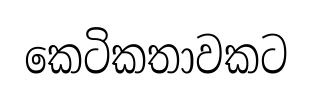
කෙටිකතාවකට